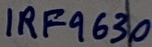
Text: IRF9630